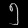
Digit: ၅